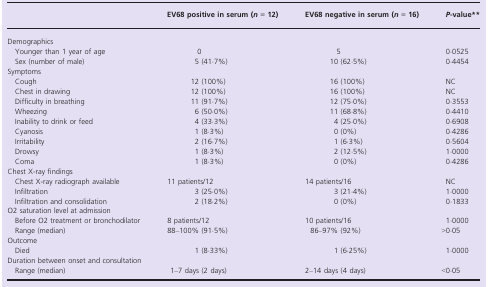
<table><thead><tr><td></td><td><b>EV68 positive in serum (<i>n</i> = 12)</b></td><td><b>EV68 negative in serum (<i>n</i> = 16)</b></td><td><b><i>P</i>-value**</b></td></tr></thead><tbody><tr><td colspan="4">Demographics</td></tr><tr><td> Younger than 1 year of age</td><td>0</td><td>5</td><td>0·0525</td></tr><tr><td> Sex (number of male)</td><td>5 (41·7%)</td><td>10 (62·5%)</td><td>0·4454</td></tr><tr><td colspan="4">Symptoms</td></tr><tr><td> Cough</td><td>12 (100%)</td><td>16 (100%)</td><td>NC</td></tr><tr><td> Chest in drawing</td><td>12 (100%)</td><td>16 (100%)</td><td>NC</td></tr><tr><td> Difficulty in breathing</td><td>11 (91·7%)</td><td>12 (75·0%)</td><td>0·3553</td></tr><tr><td> Wheezing</td><td>6 (50·0%)</td><td>11 (68·8%)</td><td>0·4410</td></tr><tr><td> Inability to drink or feed</td><td>4 (33·3%)</td><td>4 (25·0%)</td><td>0·6908</td></tr><tr><td> Cyanosis</td><td>1 (8·3%)</td><td>0 (0%)</td><td>0·4286</td></tr><tr><td> Irritability</td><td>2 (16·7%)</td><td>1 (6·3%)</td><td>0·5604</td></tr><tr><td> Drowsy</td><td>1 (8·3%)</td><td>2 (12·5%)</td><td>1·0000</td></tr><tr><td> Coma</td><td>1 (8·3%)</td><td>0 (0%)</td><td>0·4286</td></tr><tr><td colspan="4">Chest X-ray findings</td></tr><tr><td> Chest X-ray radiograph available</td><td>11 patients/12</td><td>14 patients/16</td><td>NC</td></tr><tr><td> Infiltration</td><td>3 (25·0%)</td><td>3 (21·4%)</td><td>1·0000</td></tr><tr><td> Infiltration and consolidation</td><td>2 (18·2%)</td><td>0 (0%)</td><td>0·1833</td></tr><tr><td colspan="4">O2 saturation level at admission</td></tr><tr><td> Before O2 treatment or bronchodilator</td><td>8 patients/12</td><td>10 patients/16</td><td>1·0000</td></tr><tr><td> Range (median)</td><td>88–100% (91·5%)</td><td>86–97% (92%)</td><td>&gt;0·05</td></tr><tr><td colspan="4">Outcome</td></tr><tr><td> Died</td><td>1 (8·33%)</td><td>1 (6·25%)</td><td>1·0000</td></tr><tr><td colspan="4">Duration between onset and consultation</td></tr><tr><td> Range (median)</td><td>1–7 days (2 days)</td><td>2–14 days (4 days)</td><td>&lt;0·05</td></tr></tbody></table>